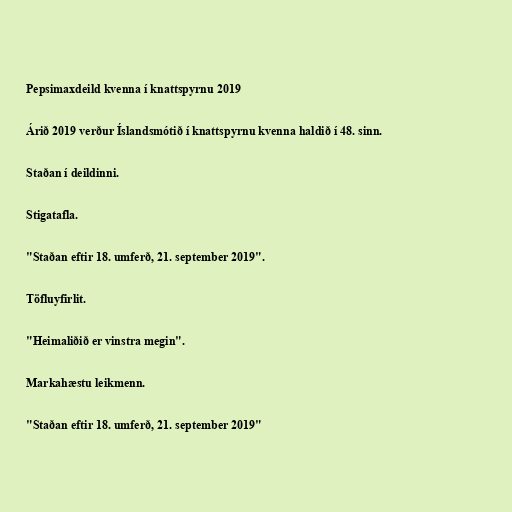
Pepsimaxdeild kvenna í knattspyrnu 2019

Árið 2019 verður Íslandsmótið í knattspyrnu kvenna haldið í 48. sinn.

Staðan í deildinni.

Stigatafla.

"Staðan eftir 18. umferð, 21. september 2019".

Töfluyfirlit.

"Heimaliðið er vinstra megin".

Markahæstu leikmenn.

"Staðan eftir 18. umferð, 21. september 2019"